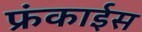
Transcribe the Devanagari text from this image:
फ्रंकाईस